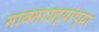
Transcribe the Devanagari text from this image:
मायमाउल्यांच्या